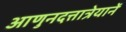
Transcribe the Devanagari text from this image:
आणुनदत्तात्रेयानें